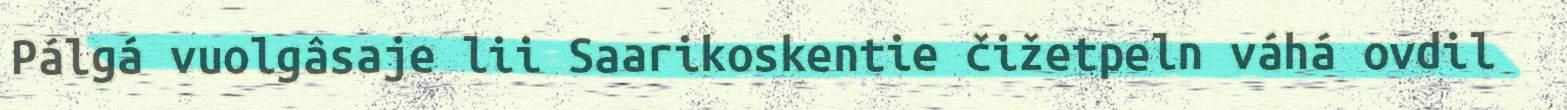
Pálgá vuolgâsaje lii Saarikoskentie čižetpeln váhá ovdil